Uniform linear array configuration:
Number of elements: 32
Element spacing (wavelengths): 0.25
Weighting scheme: exponential
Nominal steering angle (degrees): -15
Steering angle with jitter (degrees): -13.144
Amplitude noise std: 0.05
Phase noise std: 0.05

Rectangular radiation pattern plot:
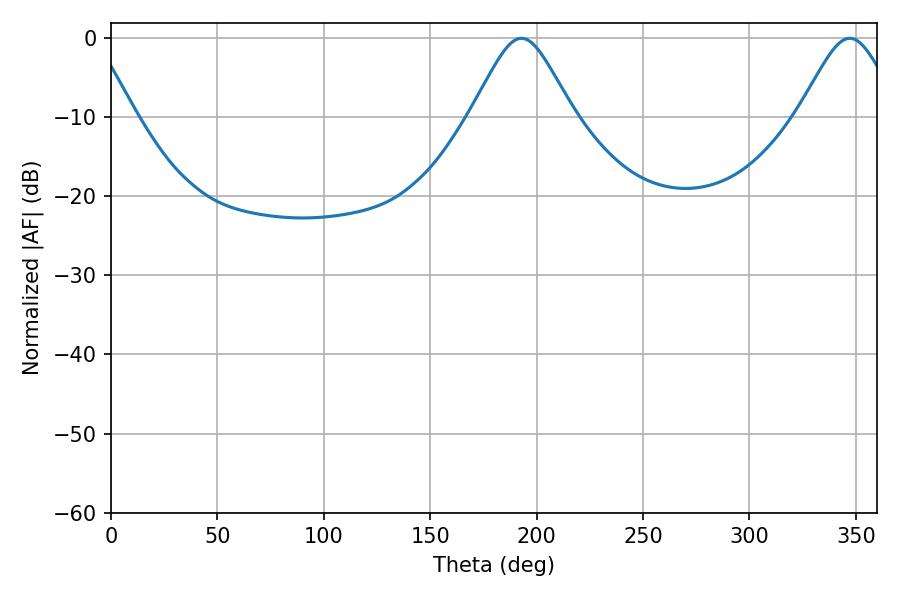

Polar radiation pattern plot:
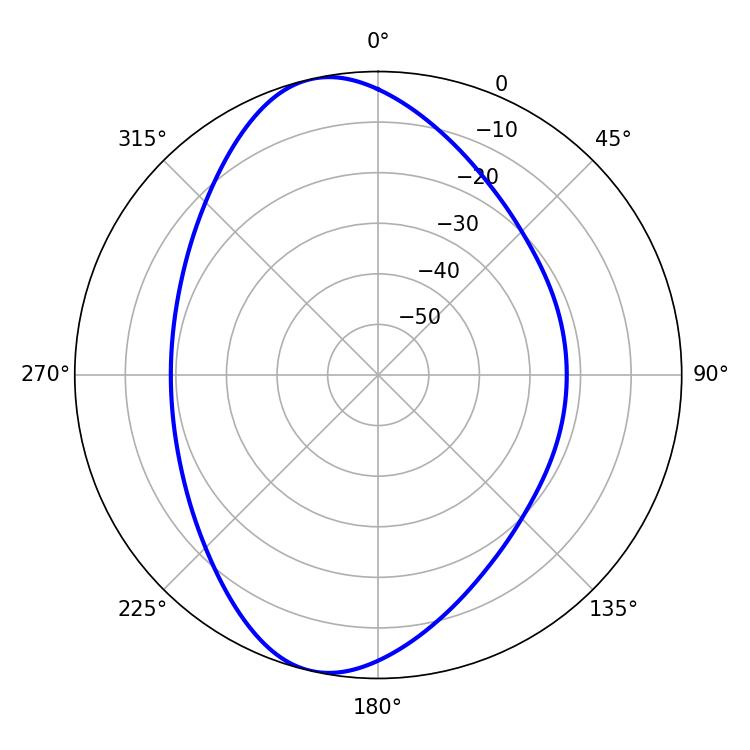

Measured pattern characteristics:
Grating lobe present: FALSE
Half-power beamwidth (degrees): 23.4
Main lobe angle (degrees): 192.78